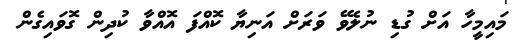
މައިމީހާ އަށް ގުޑި ނުލެވޭ ވަރަށް އަނިޔާ ކޮއްފަ އޮއްވާ ކުދިން ގޮވައިގެން